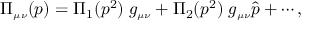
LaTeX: \Pi _ { \scriptscriptstyle \mu \nu } ( p ) = \Pi _ { 1 } ( p ^ { 2 } ) \; g _ { \scriptscriptstyle \mu \nu } + \Pi _ { 2 } ( p ^ { 2 } ) \; g _ { \scriptscriptstyle \mu \nu } \hat { p } + \cdots ,